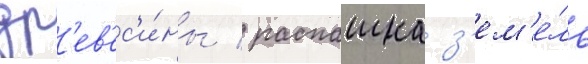
др'ев'ес'и́ны / распашка з'ем'е́ль